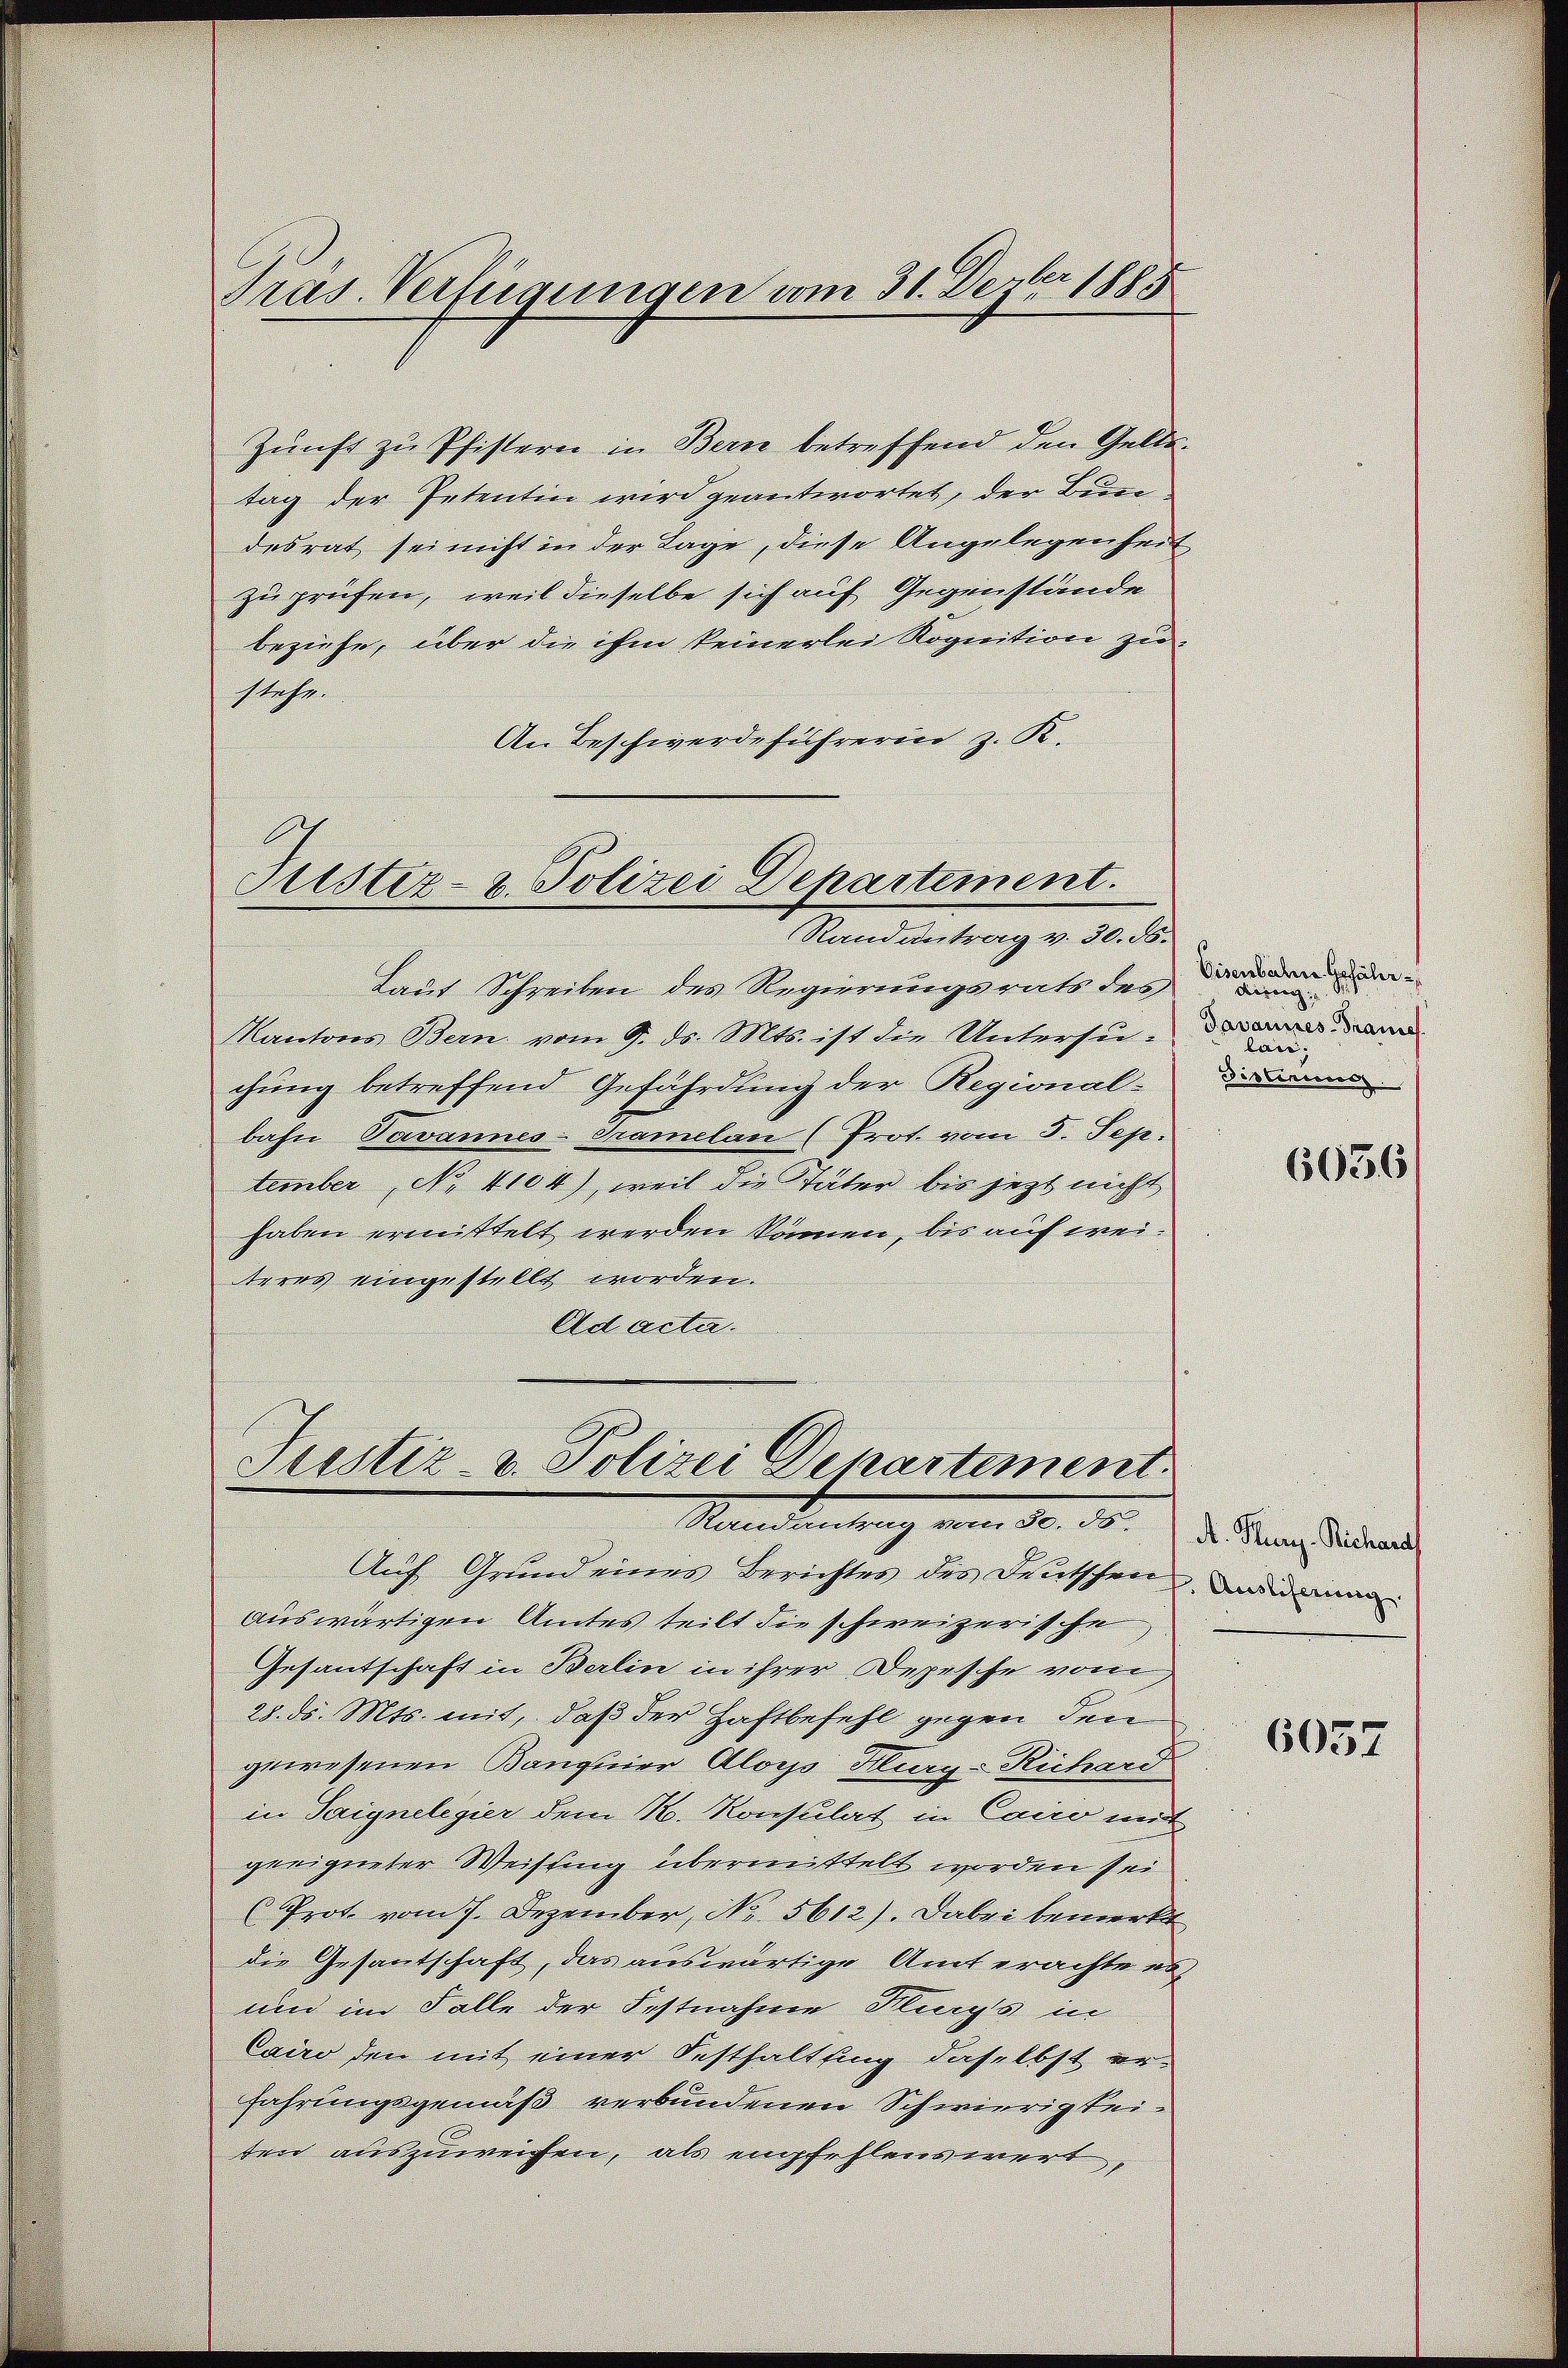
Zunft zu Pfistern in Bern betreffend den Geltstag der Petentin wird geantwortet, der Bundesrat sei nicht in der Lage, diese Angelegenheit
zu prüfen, weil dieselbe sich auf Gegenstände
beziehe, über die ihm keinerlei Rognition zustehe.
An Beschwerdeführerin z. K.

Pras. Verfügungen vom 31. Dezbr 1885

Justiz- & Polizei Departement.
Randantrag v. 30. ds.

Laut Schreiben des Regierungsrats des
Kantons Bern vom 9. ds. Mts. ist die Untersu-
chung betreffend Gefährdung der Regional-
bahn Davannes-Tramelan (Prot. vom 5. Sep.
tember No. 4104), weil die Täter bis jetzt nicht
haben ermittelt werden können, bis auf weiteres eingestellt worden.
Ad acta.

Justiz- u. Polizei Departement.
Randantrag vom 30. ds

Auf Grund eines Berichtes des Deutschen war man
auswärtigen Amtes teilt die schweizerische
Gesantschaft in Berlin in ihrer Depesche vom
28. ds. Mts. mit, daß der Haftbefehl gegen den
gewesenen Banquier Aloys Hurg-Richard
in Saignelegier dem R. Konsulat in Cairo mit
geeigneter Weisung übermittelt worden sei
Prot vom 7. Dezember, No. 5612). Dabei bemerkt
die Gesantschaft, das auswärtige Amt erachte es
und im Falle der Festnahme Kleegs in
Cairo den mit einer Festhaltling, daselbst erfahrungsgemäß verbundenen Schwierigkeiden auszuweisen, als empfehlenswert,

Eisenbahne Gefährdorang
Tavannes-Granie
lai.
Destirung

6636)

A. Flury-Richara

6037